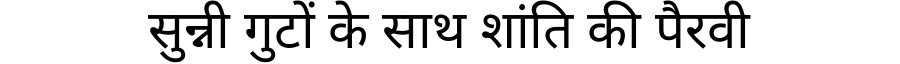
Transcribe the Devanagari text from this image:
सुन्नी गुटों के साथ शांति की पैरवी